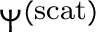
\Psi ^ { \mathrm { ( s c a t ) } }